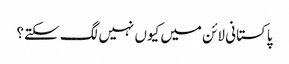
پاکستانی لائن میں کیوں نہیں لگ سکتے؟